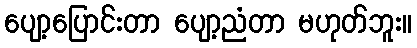
ပျော့ပြောင်းတာ ပျော့ညံတာ မဟုတ်ဘူး။